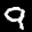
Label: 9